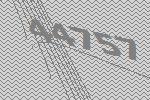
44757